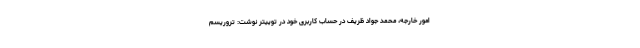
امور خارجه، محمد جواد ظریف در حساب کاربری خود در توییتر نوشت: تروریسم